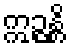
ဣဉ္ဇန္တိ